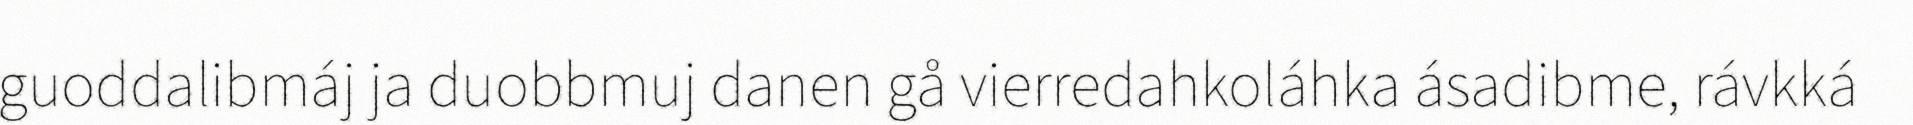
guoddalibmáj ja duobbmuj danen gå vierredahkoláhka ásadibme, rávkká